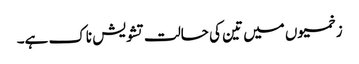
زخمیوں میں تین کی حالت تشویش ناک ہے۔